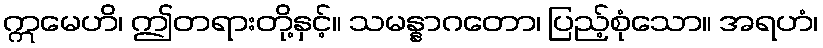
ဣမေဟိ၊ ဤတရားတို့နှင့်။ သမန္နာဂတော၊ ပြည့်စုံသော။ အရဟံ၊